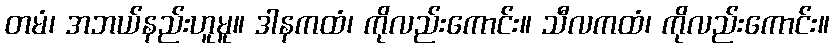
တမံ၊ အဘယ်နည်းဟူမူ။ ဒါနကထံ၊ ကိုလည်းကောင်း။ သီလကထံ၊ ကိုလည်းကောင်း။